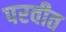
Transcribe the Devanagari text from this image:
परवीत